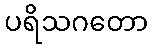
ပရိသဂတော